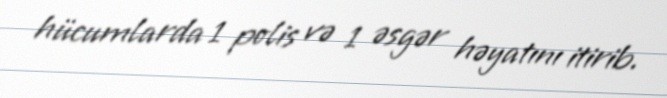
hücumlarda 1 polis və 1 əsgər həyatını itirib.